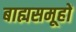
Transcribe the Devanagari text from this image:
बाह्यसमूहों